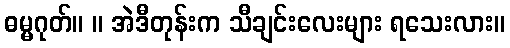
ဓမ္မဂုတ်။ ။ အဲဒီတုန်းက သီချင်းလေးများ ရသေးလား။